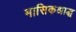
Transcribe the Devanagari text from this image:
मासिकश्राद्ध